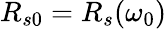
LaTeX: R_{s0}=R_{s}(\omega_{0})